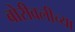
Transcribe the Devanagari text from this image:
बोरीवलीच्या